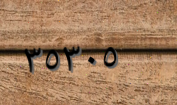
٣٥٣٠٥